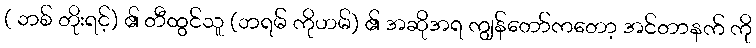
( ဘစ် တိုးရင့်) ၏ တီထွင်သူ (ဘရမ် ကိုဟမ်) ၏ အဆိုအရ ကျွန်တော်ကတော့ အင်တာနက် ကို